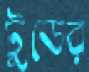
টুডের